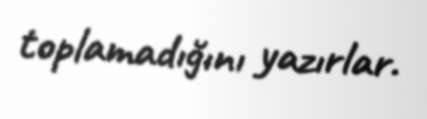
toplamadığını yazırlar.